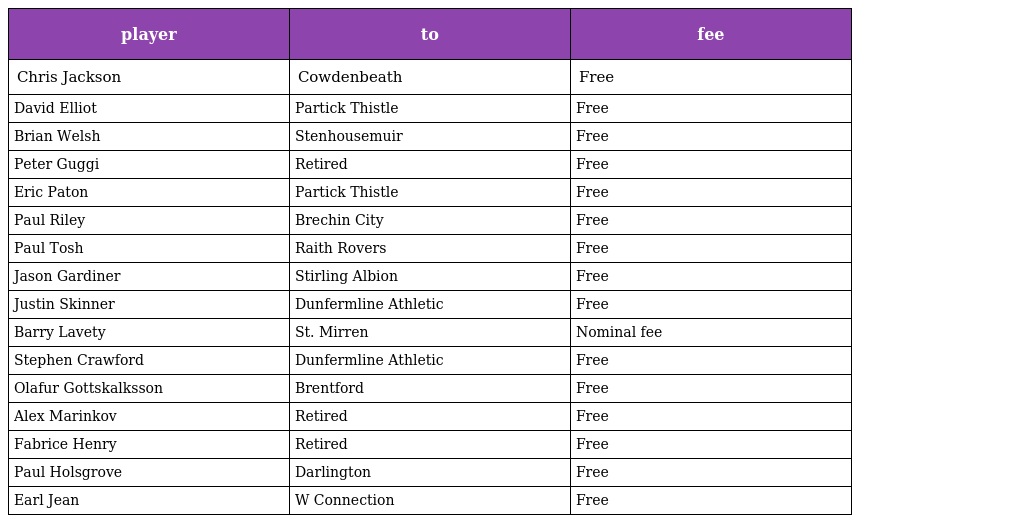
| player | to | fee |
 | --- | --- | --- |
 | Chris Jackson | Cowdenbeath | Free |
 | David Elliot | Partick Thistle | Free |
 | Brian Welsh | Stenhousemuir | Free |
 | Peter Guggi | Retired | Free |
 | Eric Paton | Partick Thistle | Free |
 | Paul Riley | Brechin City | Free |
 | Paul Tosh | Raith Rovers | Free |
 | Jason Gardiner | Stirling Albion | Free |
 | Justin Skinner | Dunfermline Athletic | Free |
 | Barry Lavety | St. Mirren | Nominal fee |
 | Stephen Crawford | Dunfermline Athletic | Free |
 | Olafur Gottskalksson | Brentford | Free |
 | Alex Marinkov | Retired | Free |
 | Fabrice Henry | Retired | Free |
 | Paul Holsgrove | Darlington | Free |
 | Earl Jean | W Connection | Free |